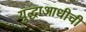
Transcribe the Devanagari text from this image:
युद्धाआधीची